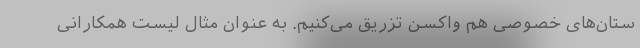
ستان‌های خصوصی هم واکسن تزریق می‌کنیم. به عنوان مثال لیست همکارانی